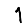
Digit: 1